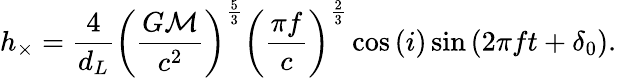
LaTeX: h_{\times}=\frac{4}{d_{L}}\left(\frac{G\mathcal{M}}{c^{2}}\right)^{\frac{5}{3}}\left(\frac{\pi f}{c}\right)^{\frac{2}{3}}\cos{(i)}\sin{\left(2\pi ft+\delta_{0}\right)}.